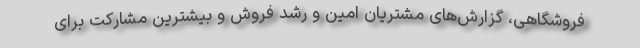
فروشگاهی، گزارش‌های مشتریان امین و رشد فروش و بیشترین مشارکت برای